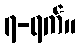
၇-ရက်။